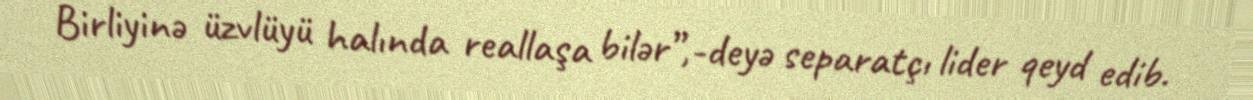
Birliyinə üzvlüyü halında reallaşa bilər”,-deyə separatçı lider qeyd edib.